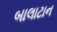
બાલાટાન